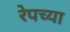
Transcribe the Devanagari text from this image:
रेपच्या